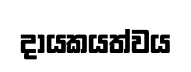
දායකයත්වය